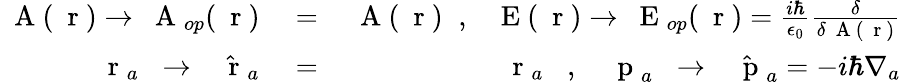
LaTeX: \begin{array}{rlr}{\mathrm{~\mathbf~A~}(\mathrm{~\mathbf~r~})\to\mathrm{~\mathbf~A~}_{op}(\mathrm{~\mathbf~r~})}&{{}=}&{\mathrm{~\mathbf~A~}(\mathrm{~\mathbf~r~})\; \; ,\; \; \mathrm{~\mathbf~E~}(\mathrm{~\mathbf~r~})\to\mathrm{~\mathbf~E~}_{op}(\mathrm{~\mathbf~r~})=\frac{i\hbar}{\epsilon_{0}}\frac{\delta}{\delta\mathrm{~\mathbf~A~}(\mathrm{~\mathbf~r~})}}\\ {\mathrm{~\mathbf~r~}_{a}\; \; \to\; \; \hat{\mathrm{~\mathbf~r~}}_{a}}&{{}=}&{{\mathrm{~\mathbf~r~}_{a}}\; \; \; ,\; \; \; \mathrm{~\mathbf~p~}_{a}\; \; \to\; \; \hat{\mathrm{~\mathbf~p~}}_{a}=-i\hbar\nabla_{a}}\end{array}